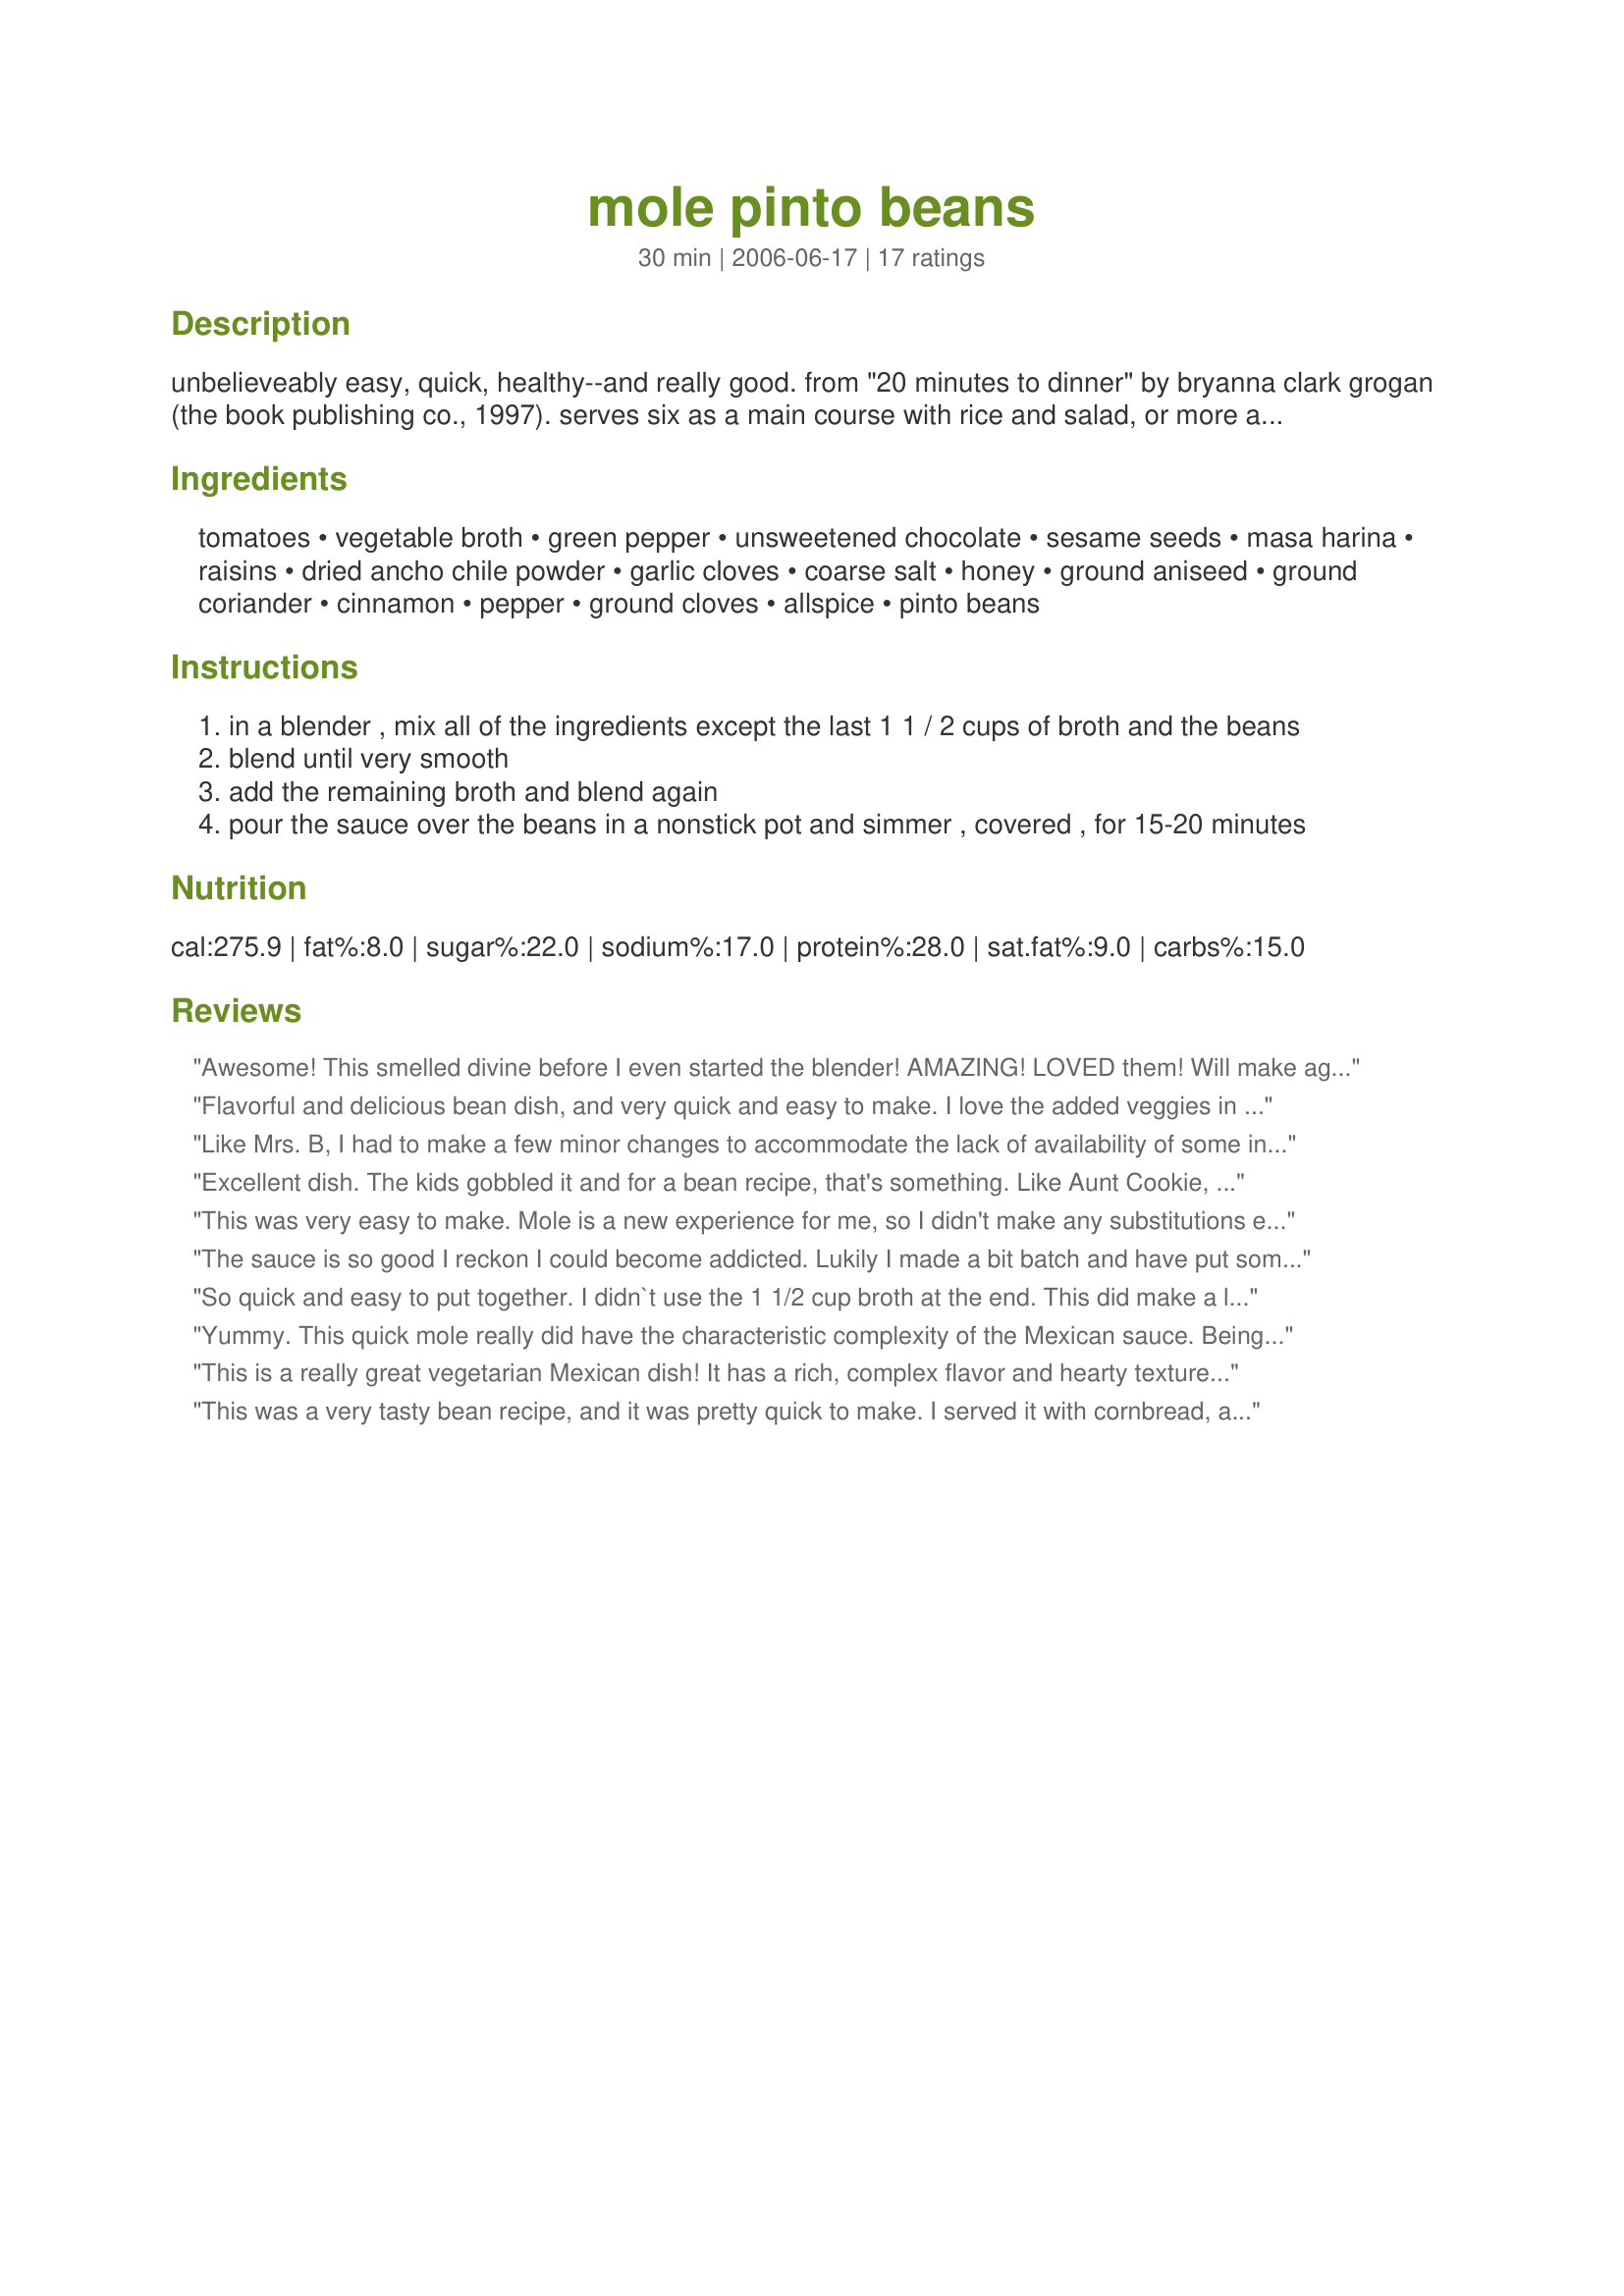
mole pinto beans
Preparation time: 30 minutes

unbelieveably easy, quick, healthy--and really good. from "20 minutes to dinner" by bryanna clark grogan (the book publishing co., 1997). serves six as a main course with rice and salad, or more as a side.

Ingredients:
tomatoes, vegetable broth, green pepper, unsweetened chocolate, sesame seeds, masa harina, raisins, dried ancho chile powder, garlic cloves, coarse salt, honey, ground aniseed, ground coriander, cinnamon, pepper, ground cloves, allspice, pinto beans

Steps:
in a blender , mix all of the ingredients except the last 1 1 / 2 cups of broth and the beans
blend until very smooth
add the remaining broth and blend again
pour the sauce over the beans in a nonstick pot and simmer , covered , for 15-20 minutes

Reviews:
Awesome! This smelled divine before I even started the blender! AMAZING! LOVED them! Will make again and again! Thank you Chef Kate for this awesome recipe!
Flavorful and delicious bean dish, and very quick and easy to make. I love the added veggies in the sauce with the tomatoes and the green pepper. This makes a lot - I think we're going to get at least 8 servings out of this by the time we've enjoyed it all :) I've served it a couple of different ways so far, including with rice and pico de gallo and as a taco filling. Thanks for sharing! Veggie Swap 40
Like Mrs. B, I had to make a few minor changes to accommodate the lack of availability of some ingredients here in Europe. My changes were to use Barlotti beans in place of the Pinto, smoked paprika (1 tablespoonful) instead of the ancho chili powder and polenta in place of the masa harina. Having said that, let me say how wonderful this recipe is and how quick it is to put together! I had soaked my beans all last night and cooked them this morning. I finalized the recipe a couple of hours ago and can not believe the complexity and depth of flavour these beans have for such little work! Love the blender trick. I used cocoa powder instead of chocolate and I know we will be enjoying these with our Mexican Dinner in a couple of hours - if there are any left - I keep 'trying' them.
Excellent dish. The kids gobbled it and for a bean recipe, that's something. Like Aunt Cookie, I thought mine was too liquid so I took the lid off for about 15 more minutes to let it thicken. Worked great.
This was very easy to make. Mole is a new experience for me, so I didn't make any substitutions except for regular chili powder. I served this in bowls with cheddar cheese and mixed with taco meat in tacos. It does have a complex flavor, as other reviewers have said, and seems to get better with time. I liked it and would make it again, except my family (with the exception of my 3 year bean addict!) would not even try it. Thanks for sharing this one though!
The sauce is so good I reckon I could become addicted. Lukily I made a bit batch and have put some in the freezer. The only INTENTIONAL change was to use less chile powder than specified and make up the difference with powdered cumin (I love cumin). But I'm afraid I then had to make a number of substitutions due to ingredients (or lack of ingredients) on hand. I think I kept sufficiently close to the spirit of the recipe to give it a meaningful review. Chef Kate, I hope you agree the following were reasonable subs! Linseeds did the job of sesame seeds; masa harina became polenta; ground aniseed became dried fennel and barlotti beans subbed for the pinto beans.
So quick and easy to put together. I didn`t use the 1 1/2 cup broth at the end. This did make a lot of mole. This would be great served over rice. Thanks.
Yummy. This quick mole really did have the characteristic complexity of the Mexican sauce. Being in the States, I managed to include all of the ingredients stated and added 1 tablepoon of pepitas as well. At the end of 20 minuts of cooking, the mole tasted quite raw to me. Flavors were all there but had not merged into a single spectacuar flavor. Cooked an additional 20 minutes and that seemed to take care of it though I then had problems with the beans over cooking. Next time, I think I will simmer the sauce for 10 minutes before adding the beans and broth. Thanks Chef Kate!
This is a really great vegetarian Mexican dish! It has a rich, complex flavor and hearty texture. I used canned tomatoes and accidentally used carob instead of cocoa powder (but then added 1/2 tablespoon of cocoa too when I discovered the mistake). Like a previous reviewer, I used polenta instead of masa harina, and I omitted the anise because I didn't have any on hand. I served this on a tortilla with tomatoes, avocados, vegan cheese, and vegan sour cream. The recipe made a LOT, but it was even better the next day and the next. Made for Veg*an Swap.
This was a very tasty bean recipe, and it was pretty quick to make. I served it with cornbread, and dinner was a hit. I thought the beans were a bit too saucy after the 20 minutes cooking time, so I took off the lid and let it simmer down for a while. The results were maybe a little too bitter for my taste (I think that is just the nature of mole; no fault of the recipe), but the other diner gave it 5 stars. Thanks for posting!
Oh, yumm. This is fantastic. It got a really big "MMmmm" from hubby on the first bite. I love the sauce for this and it is amazing how quick and easy it is to make. I used home-made pintos that I keep on hand in the freezer. Only subs I made was to use corn meal instead of masa harina. Thank you so much for this recipe, we will make it again for sure.
I roasted the dry spices first then added to a pot of canned Westbrae organic pinto beans-rinsed and drained. Brought almost to a boil, partially covered and simmered on very low heat for 1 hour. Served with a spoonful of baked brown rice and a simple salad on the side. I think this would equally well substituting black or pink beans, too. Very easy! Don't let the long list of ingredients stop you. Thank you, Chef Kate! Reviewed for Veg Tag February.
First time I made Mole and it was great. I also made some changes because I couln't find all these ingredients here in Greece. I used barlotti beans in place of the Pinto, cocoa powder instead of chocolate, flour instead of masa harina and no ground aniseed. I lvoved it. Mexican food was always one of my favorites! Thanks, Kate!
This was fantastically easy! I don't recall ever making mole before, I'm amazed at how closely this resembles mole sauces I have tasted in restaurants. This does make a large pot, but I'm happy for the leftovers, even to have like 'beans on toast' will be great. Tonight we're having with rice and salad. I didn't bother with the last 1 1/2 cups of broth, I found the liquid from my tin of tomatoes was plenty, and I was slightly short on the beans (2 tins = about 3 3/4 cups). I had to skip the green pepper because I didn't have one on hand, I'm sure that would be a great addition. Will make again, thanks Chef Kate!
This recipe was very easy to make, and I personally am a fan of Pinot Beans and Mole so I was really excited to make this dish. Pros: easy, fast, healthy and the left overs have made tasty &quot;street&quot; type tacos for luch. Cons: next time I make it I will alter the seasoning and maybe start with adding more chocolate. For myself I would like a little more WOW factor, but overall a very cheap and easy staple to keep throughout the week.
Good, but for me I think it needs more spices. I very much liked the richness of the chocolate (I used cocoa powder) and the toasty sesame seeds. However, I thought the use of spices was pretty conservative, and though I added a bit extra, next time I think I'll basically double everything, add cumin, saute the spices in a little oil to bring out more flavor, and saute some diced onion while I'm at it. To be fair, I couldn't find any powdered ancho chiles at the grocery store, so I used chili powder, which I'm sure cheated me out of a lot of flavor. :(
This is an extremely fast mole recipe. I've made another mole recipe once called Mole Poblano de Pollo and it took me all day! The recipe for Kate's Pinto Beans (I had to substitute red kidney beans because our supermarkets don't sell pinto beans) is as I said extremely quick for a mole, but if you have the time I suggest that you cook it longer (you may need to add a little water then), as its flavour will certainly improve further by that. I used the beans as a filling for wraps with sour cream and cheddar cheese. After having made two mole recipes I have to admit that eating mole once in awhile is ok for me, but I am just not a big mole fan. However, if you love moles you should certainly try this one because you will hardly find one that takes less time than this recipe.
